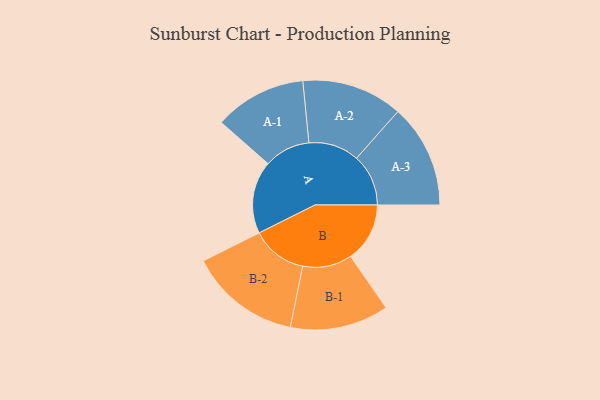
{"axis": {"x": "Segment", "y": "Value"}, "legend": ["", "A", "B"], "data": [{"x": "A", "y": 377, "type": ""}, {"x": "B", "y": 307, "type": ""}, {"x": "A-1", "y": 239, "type": "A"}, {"x": "A-2", "y": 262, "type": "A"}, {"x": "A-3", "y": 269, "type": "A"}, {"x": "B-1", "y": 256, "type": "B"}, {"x": "B-2", "y": 289, "type": "B"}]}